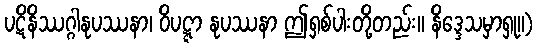
ပဋိနိဿဂ္ဂါနုပဿနာ၊ ဝိပဋ္ဋာ နုပဿနာ ဤရှစ်ပါးတို့တည်း။ နိဒ္ဒေသမှာရှု။)